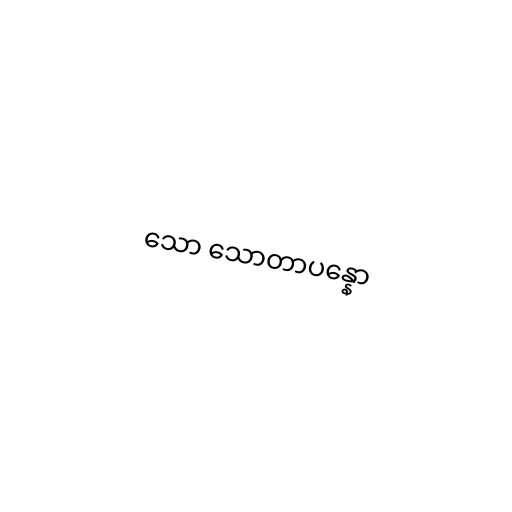
သော သောတာပန္နော